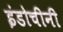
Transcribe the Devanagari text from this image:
इंडोचीनी